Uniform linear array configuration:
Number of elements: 24
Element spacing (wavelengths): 0.5
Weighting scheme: hann
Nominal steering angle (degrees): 45
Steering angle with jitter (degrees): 45.097
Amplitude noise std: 0.05
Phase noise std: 0.05

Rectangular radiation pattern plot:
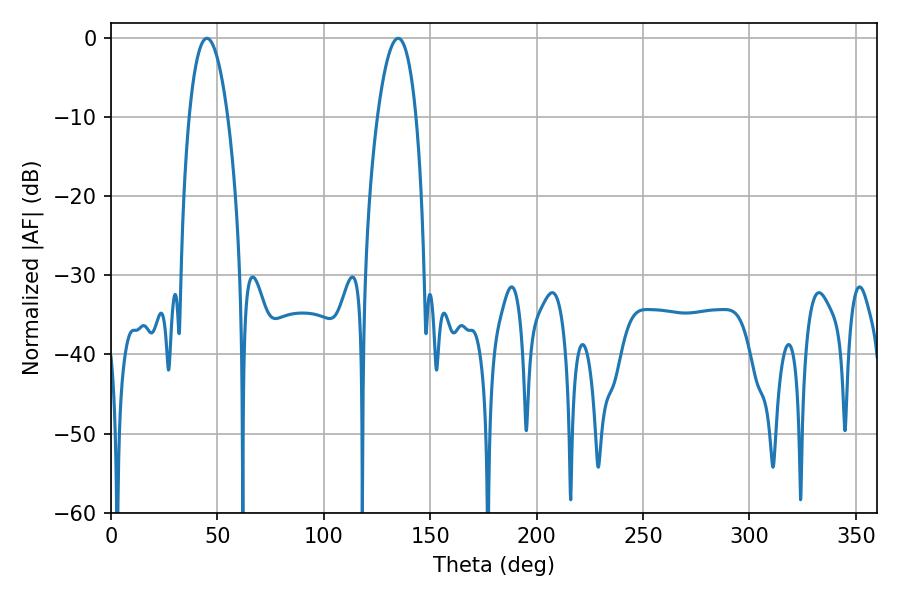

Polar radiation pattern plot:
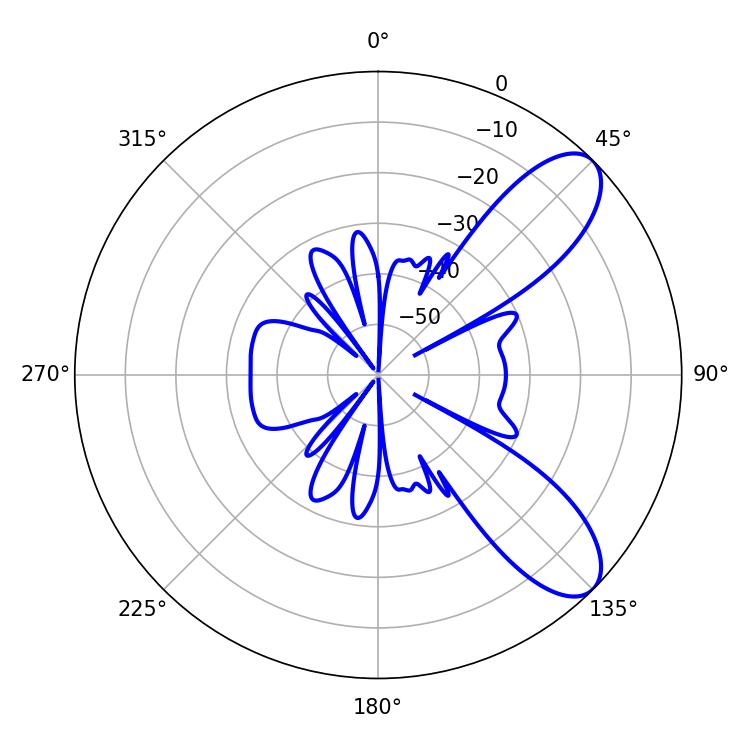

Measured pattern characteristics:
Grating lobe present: FALSE
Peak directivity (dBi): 8.741
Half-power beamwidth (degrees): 10.08
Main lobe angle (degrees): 45